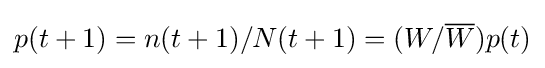
p(t+1)=n(t+1)/N(t+1)=(W/{\overline {W}})p(t)